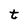
Character: t